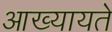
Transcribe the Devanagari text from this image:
आख्यायते